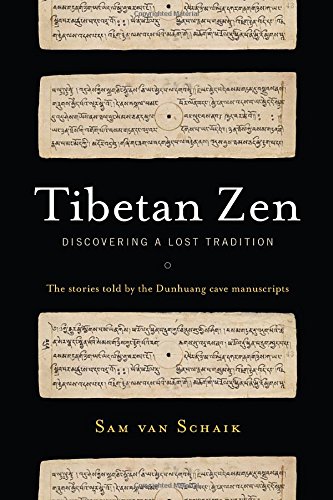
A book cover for Tibetan Zen: Discovering a Lost Tradition; Sam van Schaik; Religion & Spirituality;